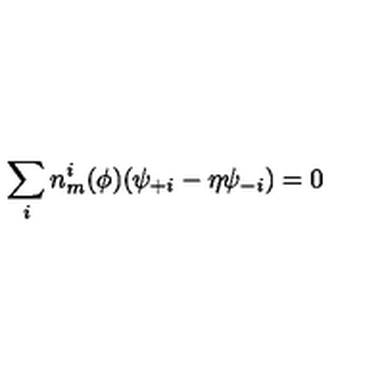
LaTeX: \sum _ { i } n _ { m } ^ { i } ( \phi ) ( \psi _ { + i } - \eta \psi _ { - i } ) = 0